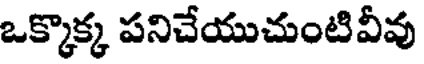
ఒక్కొక్క పనిచేయుచుంటివీవు